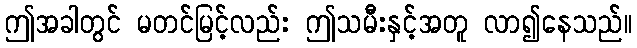
ဤအခါတွင် မတင်မြင့်လည်း ဤသမီးနှင့်အတူ လာ၍နေသည်။